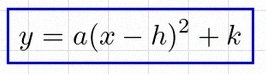
y=a(x-h)^2+k